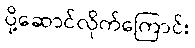
ပို့ဆောင်လိုက်ကြောင်း